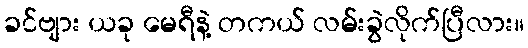
ခင်ဗျား ယခု မေရီနဲ့ တကယ် လမ်းခွဲလိုက်ပြီလား။